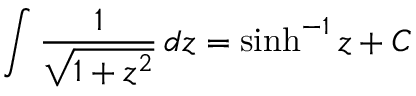
\int \frac { 1 } { \sqrt { 1 + z ^ { 2 } } } ~ \! d z = \sinh ^ { - 1 } z + C